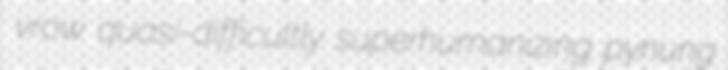
vrow quasi-difficultly superhumanizing pynung